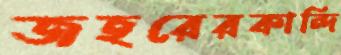
জহরেরকান্দি